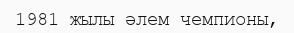
1981 жылы әлем чемпионы,